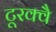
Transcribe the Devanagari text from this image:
टूरक्वै